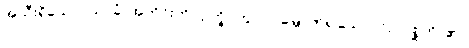
အသီးရှိသော။ သာခံ၊ အကိုင်းကို။ ဥက္ခိပိတွာဝါ၊ မြှောက်၍သော်၎င်း။ ဂစ္ဆတိ၊ ၏။